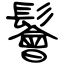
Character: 鬠